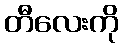
တီလေးကို